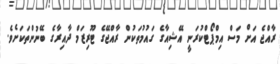
ރާއްޖެ އަށް މަސް އިމްޕޯޓްކުރަނީ އޭޝިއާގެ ގައުމުތަކުން ރާއްޖޭގެ ޓޫރިޒަމް ދާއިރާގެ ބޭނުންތަކަށެވެ.